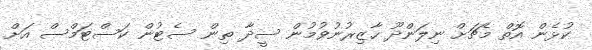
ކުޅެން އޮތް މެޗަށް ނިލަންދޫ ހާޒިރުނުވުމުން ސީދާ ތިން ސެޓުން ކަސްޓަމްސް އަށް